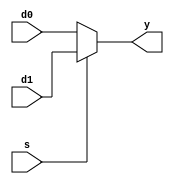
//8-bit 2-to-1 mux
module mux2_8bits (y, d0, d1, s); // 8bits 2-inut mux
	input [7:0] d0, d1;	//input d0, d1 
	input s; 				//selection
	output [7:0] y; 		//output
	
	//s = 0, select d0 / s = 1, select d1
	assign y = (s == 1'b0) ? d0 : d1; 
endmodule